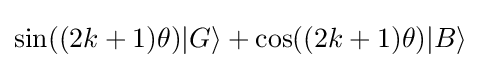
\sin((2k+1)\theta )|G\rangle +\cos((2k+1)\theta )|B\rangle